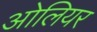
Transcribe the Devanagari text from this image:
ओलियर